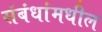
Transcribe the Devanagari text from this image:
संबंधांमधील